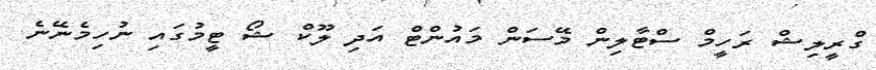
ގްރީލިޝް ރަހީމް ސްޓާލިން މޭސަން މައުންޓް އަދި ލޫކް ޝޯ ޓީމުގައި ނުހިމެނޭނެ